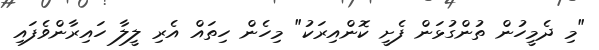
"މި ދެމީހުން ތުންގުޅަން ފެށީ ކޮންއިރަކު" މިހެން ހިތައް އެރި ލީލާ ހައިރާންވެފައި